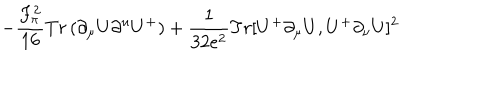
LaTeX: - { \frac { F _ { \pi } ^ { 2 } } { 1 6 } } T r \, ( \partial _ { \mu } U \partial ^ { u } U ^ { + } ) + { \frac { 1 } { 3 2 e ^ { 2 } } } T r [ U ^ { + } \partial _ { \mu } U , U ^ { + } \partial _ { \nu } U ] ^ { 2 }